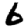
Digit: 6